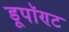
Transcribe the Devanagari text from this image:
डूपॉण्ट